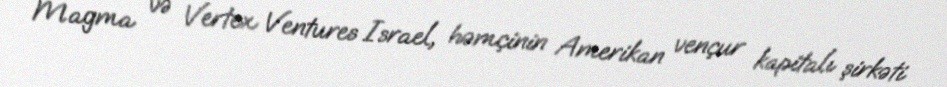
Magma və Vertex Ventures Israel, həmçinin Amerikan vençur kapitalı şirkəti